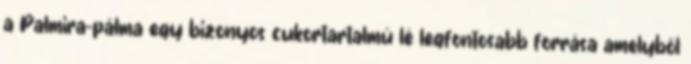
a Palmira-pálma egy bizonyos cukortartalmú lé legfontosabb forrása amelyből